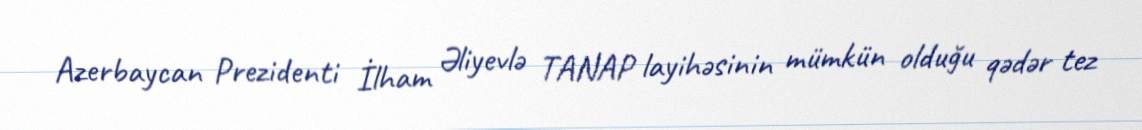
Azerbaycan Prezidenti İlham Əliyevlə TANAP layihəsinin mümkün olduğu qədər tez